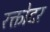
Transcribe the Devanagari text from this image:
रक्तोदर